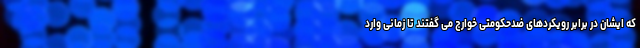
که ایشان در برابر رویکردهای ضدحکومتی خوارج می گفتند تا زمانی وارد